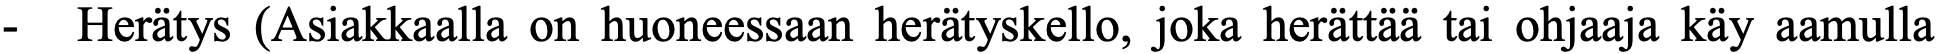
-  Herätys (Asiakkaalla on huoneessaan herätyskello, joka herättää tai ohjaaja käy aamulla